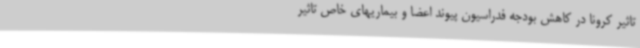
تاثیر کرونا در کاهش بودجه فدراسیون پیوند اعضا و بیماریهای خاص تاثیر